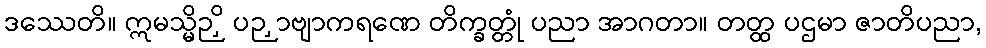
ဒဿေတိ။ ဣမသ္မိဉှိ ပဉှာဗျာကရဏေ တိက္ခတ္တုံ ပညာ အာဂတာ။ တတ္ထ ပဌမာ ဇာတိပညာ,